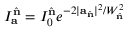
I _ { \mathbf { a } } ^ { \hat { \mathbf { n } } } = I _ { 0 } ^ { \hat { \mathbf { n } } } e ^ { - 2 | \mathbf { a } _ { \hat { \mathbf { n } } } | ^ { 2 } / W _ { \hat { \mathbf { n } } } ^ { 2 } }